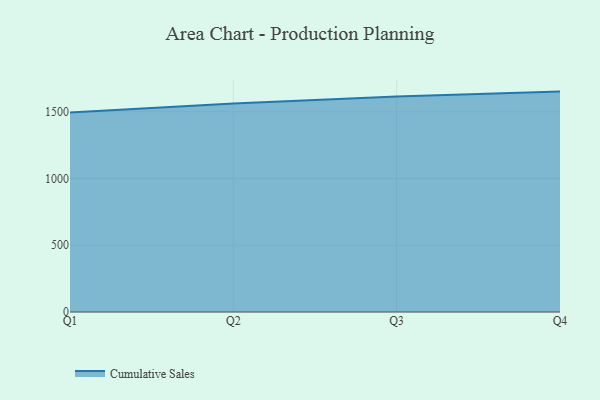
{"axis": {"x": "Quarter", "y": "Conversion Rate (%)"}, "legend": ["Cumulative Sales"], "data": [{"x": "Q1", "y": 1493.3, "type": "Cumulative Sales"}, {"x": "Q2", "y": 1561.8, "type": "Cumulative Sales"}, {"x": "Q3", "y": 1614.1, "type": "Cumulative Sales"}, {"x": "Q4", "y": 1650.6, "type": "Cumulative Sales"}]}